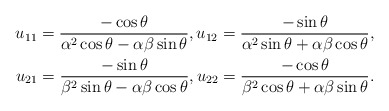
\begin{align*}\begin{aligned}u_{11}=\frac{-\cos\theta}{\alpha^2\cos \theta-\alpha\beta \sin \theta},u_{12}=\frac{-\sin \theta}{\alpha^2\sin\theta+\alpha\beta \cos\theta},\\u_{21}=\frac{-\sin \theta}{\beta^2\sin\theta-\alpha\beta \cos\theta},u_{22}=\frac{-\cos\theta}{\beta^2\cos\theta+\alpha\beta \sin \theta}.\end{aligned}\end{align*}